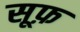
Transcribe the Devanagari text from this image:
सूफ़